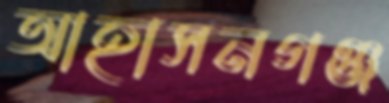
আহাসনগঞ্জ